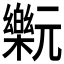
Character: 𰙂